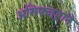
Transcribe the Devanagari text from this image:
असिफ्जहाने